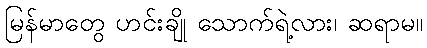
မြန်မာတွေ ဟင်းချို သောက်ရဲ့လား၊ ဆရာမ။